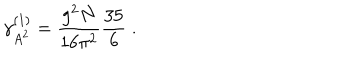
\gamma _ { A ^ { 2 } } ^ { ( 1 ) } = \frac { g ^ { 2 } N } { 1 6 \pi ^ { 2 } } \frac { 3 5 } { 6 } \; .